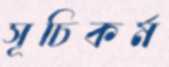
সূচিকর্ম